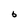
Character: 6